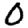
Digit: 0